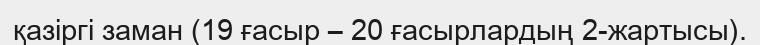
қазіргі заман (19 ғасыр – 20 ғасырлардың 2-жартысы).